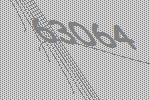
63064